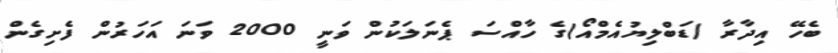
ބެހޭ އިދާރާ (ޑަބްލިޔުއެމްއޯ)ގެ ހާއްސަ ޕެނަލަކުން ވަނީ 2000 ވަނަ އަހަރުން ފެށިގެން